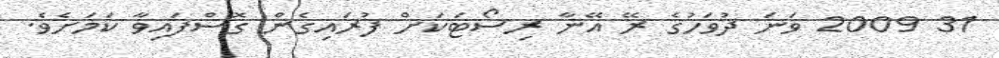
31 2009 ވަނަ ދުވަހުގެ ރޭ އޭނާ ރިސޯޓަކަށް ފުރައިގެން ގޮސްފައިވާ ކަމަށެވެ.